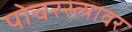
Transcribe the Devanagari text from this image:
पोचरस्त्यावर